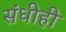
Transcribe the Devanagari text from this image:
संधीही